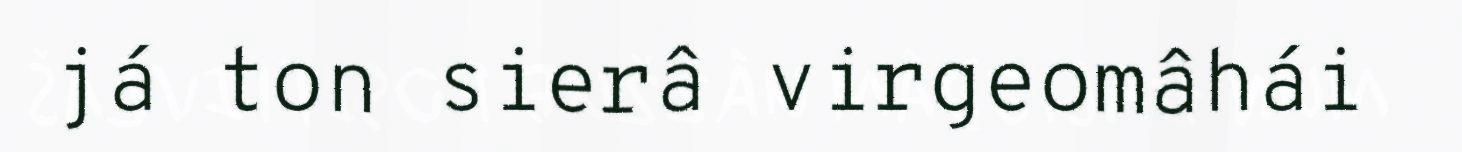
já ton sierâ virgeomâhái